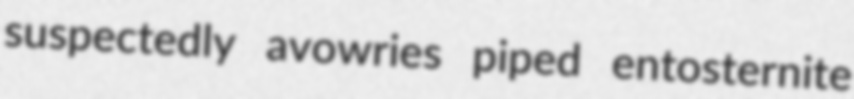
suspectedly avowries piped entosternite